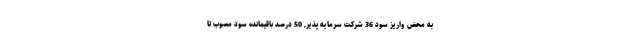
به محض واریز سود 36 شرکت سرمایه پذیر, 50 درصد باقیمانده سود مصوب تا